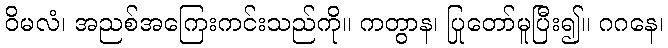
ဝိမလံ၊ အညစ်အကြေးကင်းသည်ကို။ ကတွာန၊ ပြုတော်မူပြီး၍။ ဂဂနေ၊